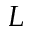
L